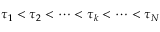
\tau _ { 1 } < \tau _ { 2 } < \cdots < \tau _ { k } < \cdots < \tau _ { N }